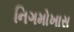
નિગમોખાસ